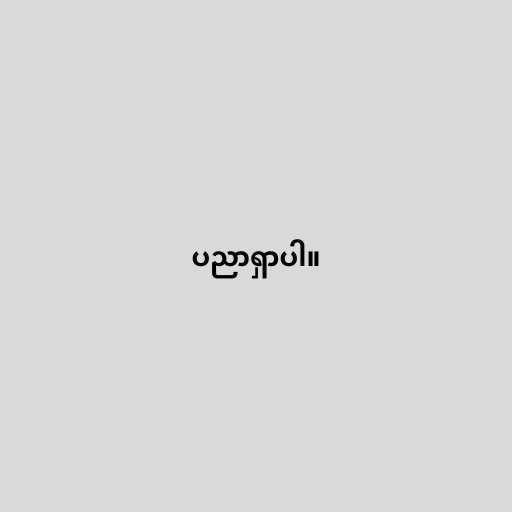
ပညာရှာပါ။